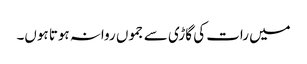
میں رات کی گاڑی سے جموں روانہ ہوتا ہوں۔